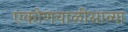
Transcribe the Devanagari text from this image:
एकोणचाळीसाव्या